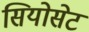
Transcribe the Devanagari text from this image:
सियोसेट